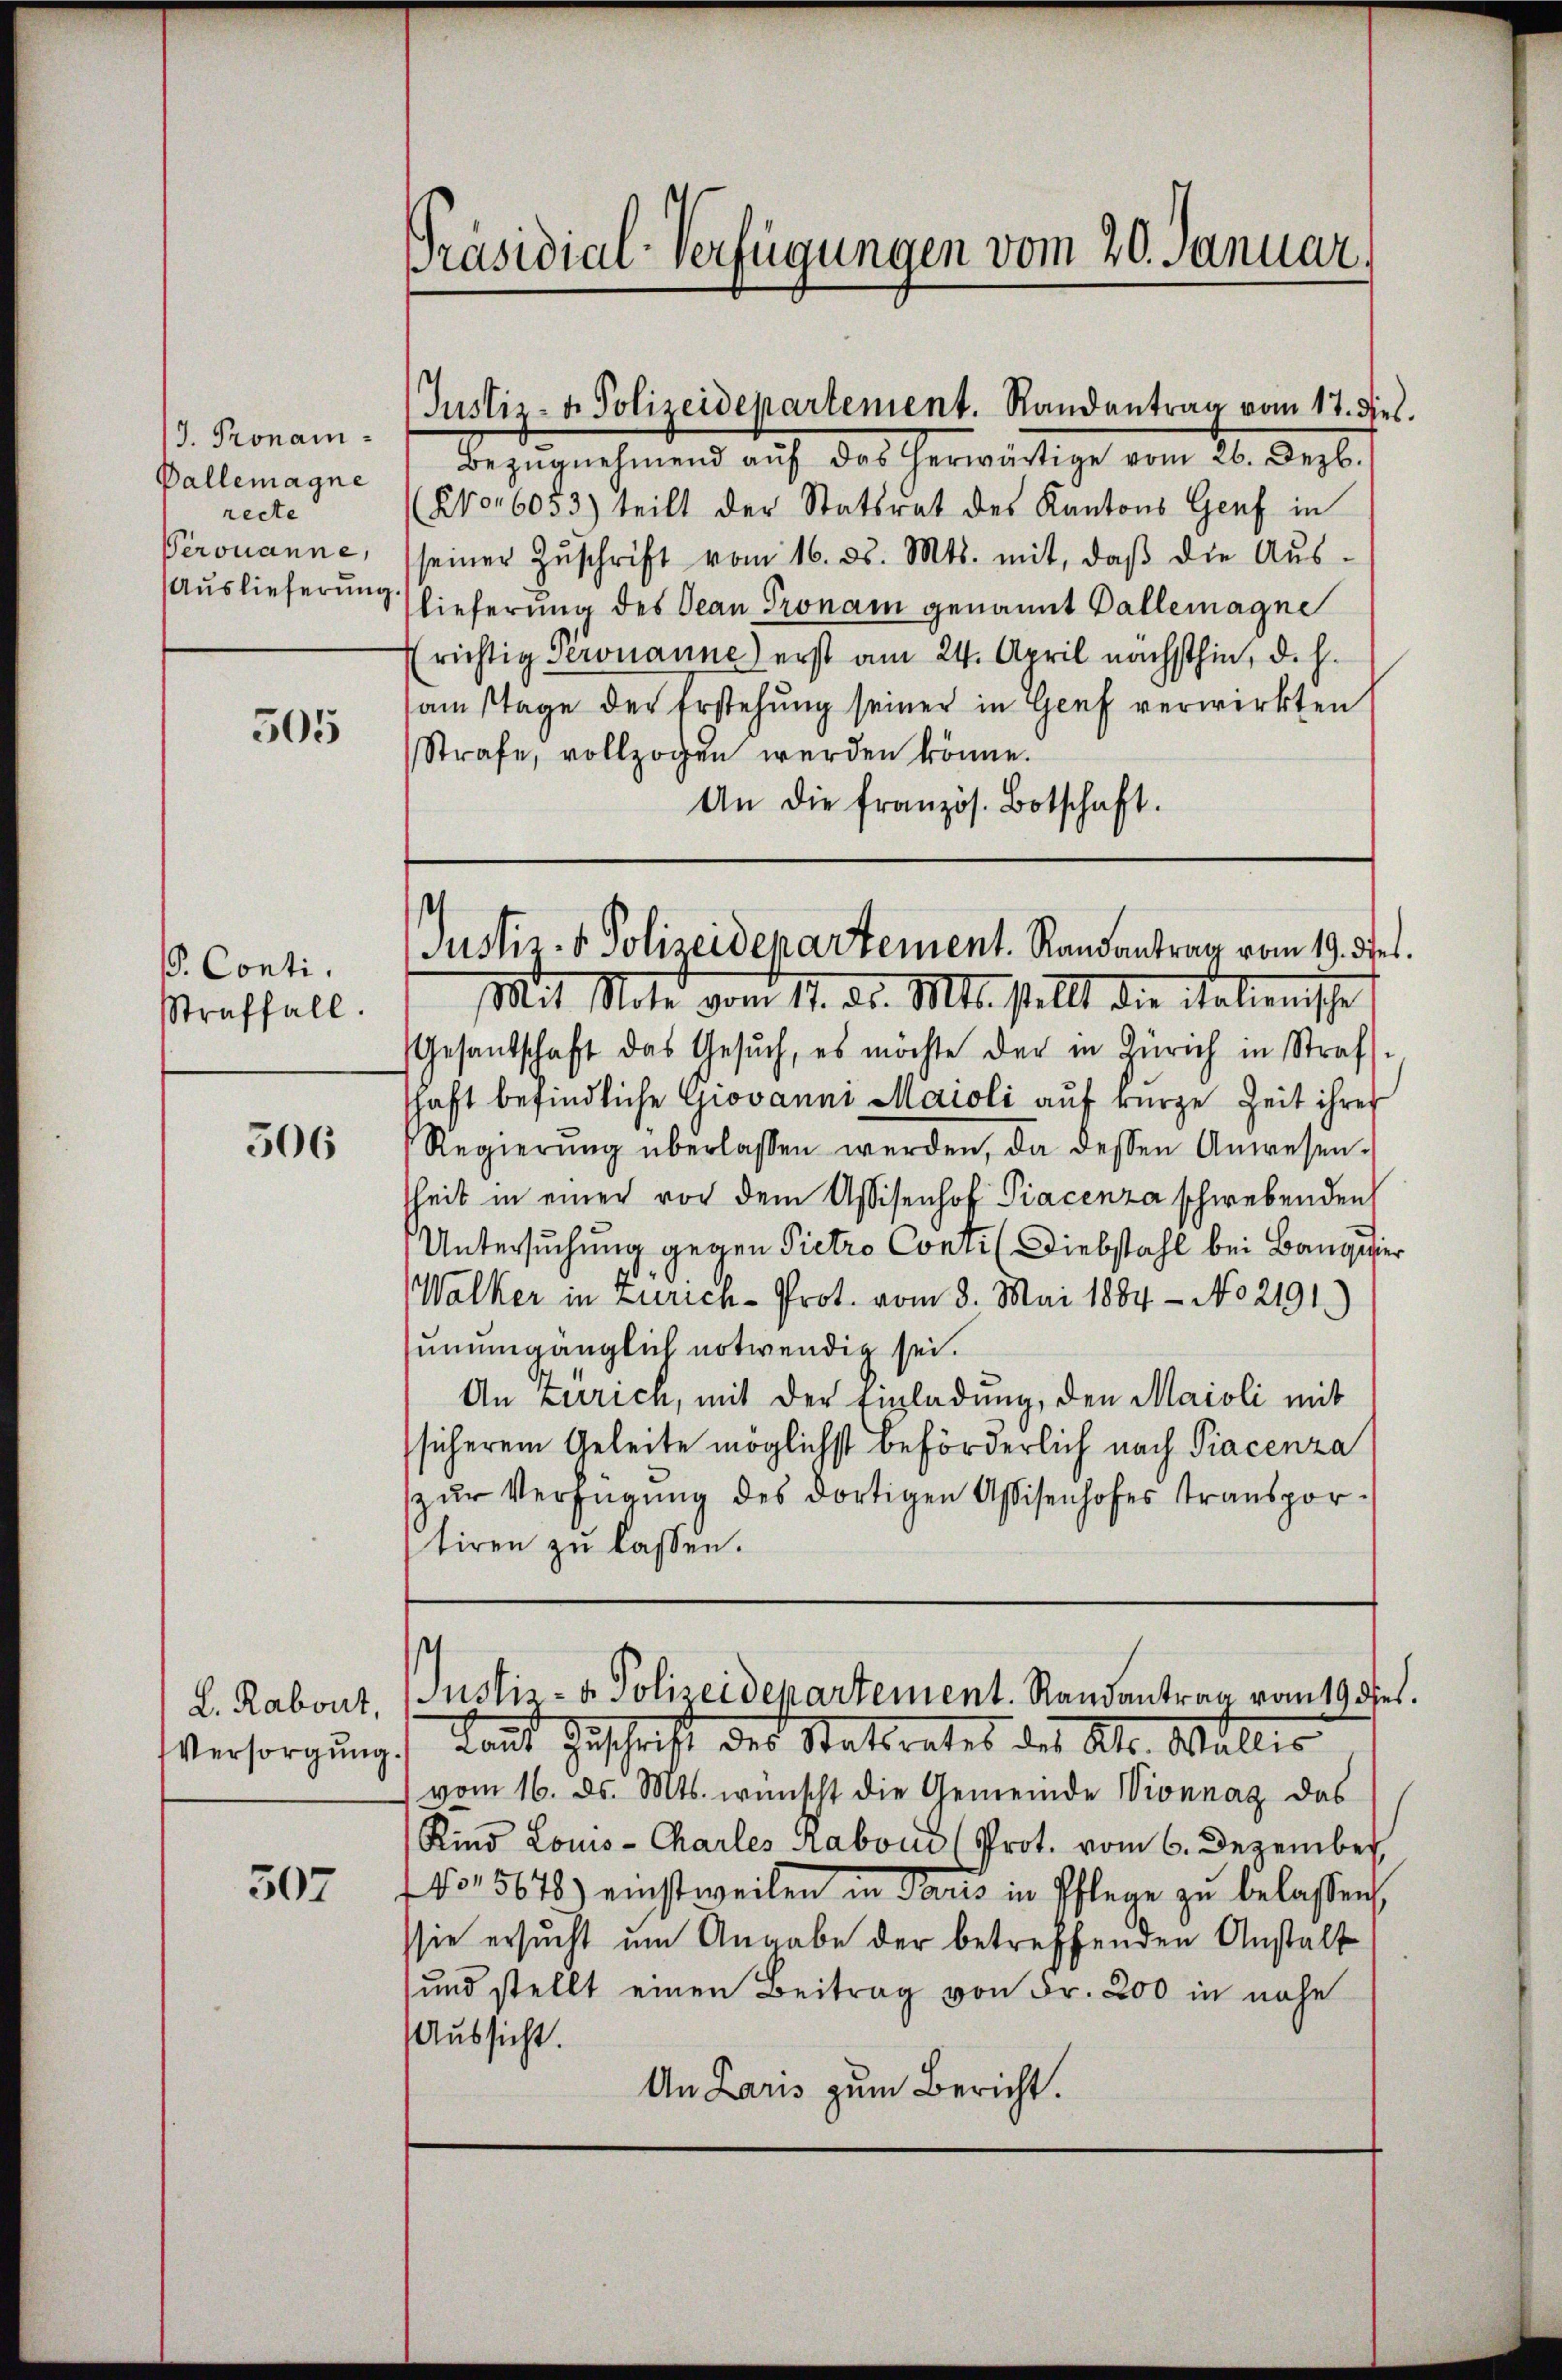
J. Pronam¬
Dallemagne
recte
Perouanne,
Auslieferung

505

V. Conti.
Straffall.

506

507

Präsidial-Verfügungen vom 20. Januar,

Bezŭgnehmend aŭf das herwärtige vom 26. Dezb.
(Kor 6053) teilt der Statsrat des Kantons Genf in
seiner Zŭschrift vom 16. ds. Mts. mit, daβ die Aŭs-
Schlieferung des Jean Pronam genannt Ballemagne
richtig Peronanne) erst am 24. April nächsthin, d. h.
amstage der Erstehung seiner in Genf verwirkten
Strafe, vollzogen werden könne.
An die französ. Botschaft.

Justiz- u. Polizeidepartement. Randantrag vom 17. dies.

Justiz- & Polizeidepartement. Randantrag vom 19. Der.
Mit Note vom 17. d. Mts. stellt die Salienische

Gesantschaft das Gesŭch, es möchte der in Zürich in Straf
schaft befindliche Giovanni Maioli auf kurze Zeit ihres
Regierŭng überlassen werden, da dessen Anwesen-
heit in einer vor dem Assisenhof Piacenza schwebenden
Untersuchung gegen Pietro Conti (Diebstahl bei Bangier
Walker in Zürich-Prot. vom 3. Mai 1884 - No 2191.)
unumgänglich notwendig sei.
An zerrich, mit der Einladung, den Maioli mit
sicherem Geleite möglichst beförderlich nach Piacenza
zŭr Verfügung des dortigen Assisenhofes transportiren zu lassen.

L. Rabont, Justiz- & Polizeidepartement. Randantrag vom 19 des
Versorgung Laut Zuschrift des Stattrates des Al. Wallis

vom 16. ds. Mts. wünscht die Gemeinde Wionnaz das
Kind Loms-Charles Rabous (Prot. vom 6. Dezember
No. 5678) einstweilen in Paris in Pflege zu belassen,
sie ersucht um Angabe der betreffenden Anstalt
und stellt einen Beitrag von Fr. 200 in nahe
Aussicht.
An Laris zum Bericht.